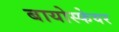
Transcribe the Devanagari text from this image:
बायोस्फेयर